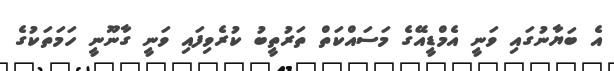
އެ ބަޔާނުގައި ވަނީ އެމްޑީއޭގެ މަސައްކަތް ތަރުތީބު ކުރެވިފައި ވަނީ ގާނޫނީ ހަމަތަކުގެ